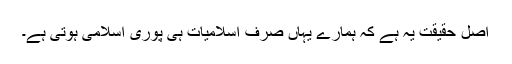
اصل حقیقت یہ ہے کہ ہمارے یہاں صرف اسلامیات ہی پوری اسلامی ہوتی ہے۔